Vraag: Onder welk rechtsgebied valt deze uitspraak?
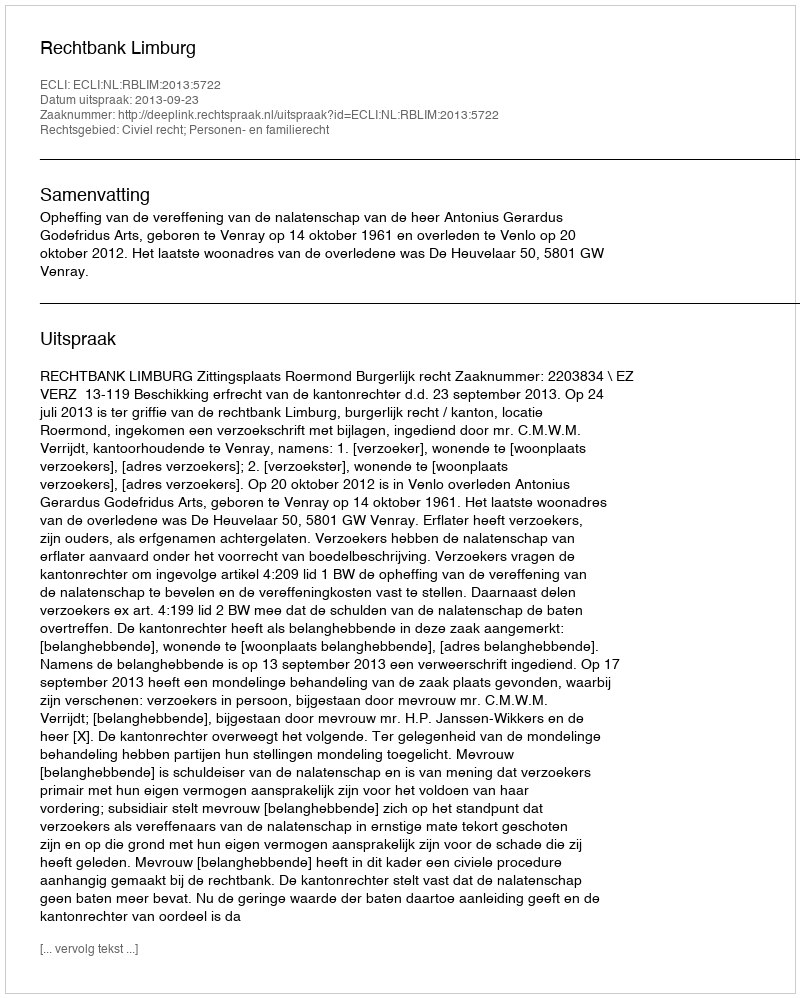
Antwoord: Civiel recht; Personen- en familierecht